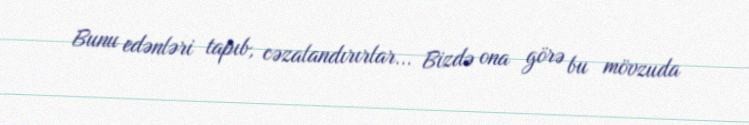
Bunu edənləri tapıb, cəzalandırırlar... Bizdə ona görə bu mövzuda